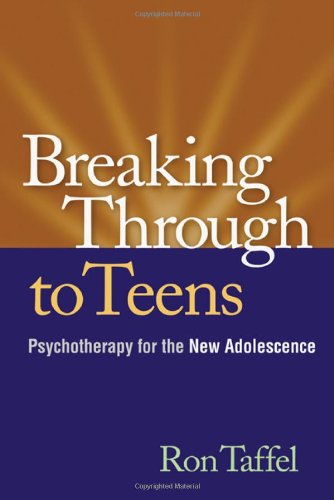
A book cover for Breaking Through to Teens: Psychotherapy for the New Adolescence; Ron Taffel PhD; Medical Books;